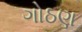
ગોઠણ